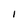
Character: 1